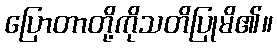
ပြောတာတို့ကိုသတိပြုမိ၏။